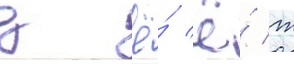
д ё́ ё́ ж